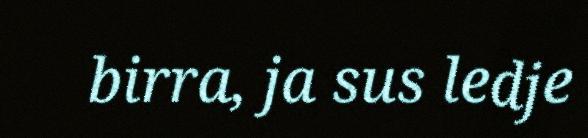
birra, ja sus ledje